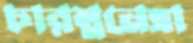
চারম্ননেত্রা